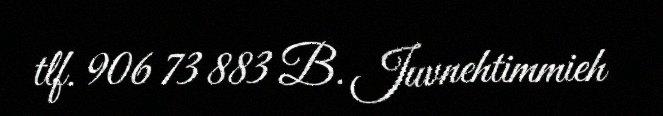
tlf. 906 73 883 B. Juvnehtimmieh